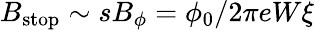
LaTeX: B_{\mathrm{stop}}\sim sB_{\phi}=\phi_{0}/2\pi eW\xi